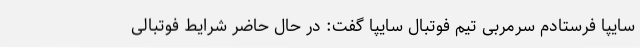
سایپا فرستادم سرمربی تیم فوتبال سایپا گفت: در حال حاضر شرایط فوتبالی